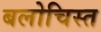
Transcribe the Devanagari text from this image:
बलोचिस्त